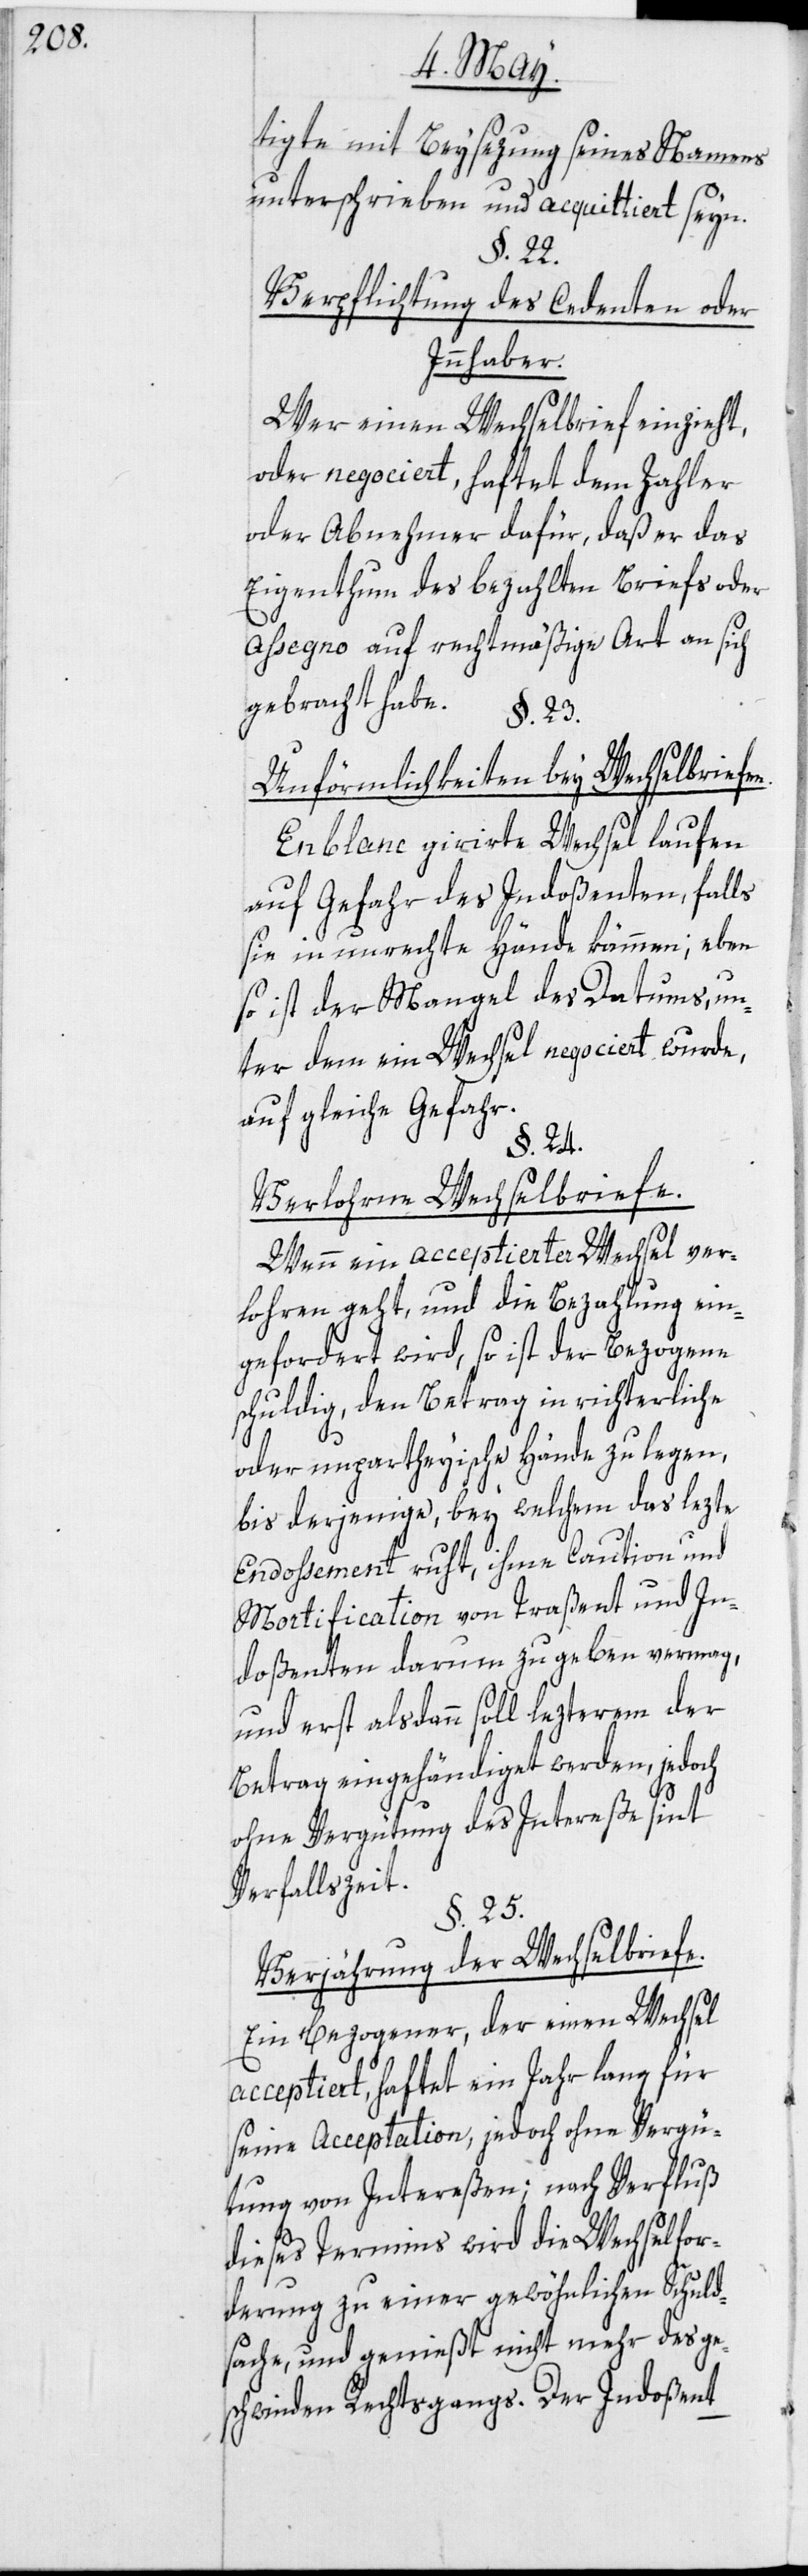
n.

tigte mit Beysezung seines Namens
unterschrieben und acquittiert seyn.
§. 24.
Verpflichtung des Cedenten oder
Innhaber.
Wer einen Wechselbrief einzieht,
oder negociert, haftet dem Zahler
oder Abnehmer dafür, daß er das
Eigenthum des bezahlten Briefs oder
Assegno auf rechtmäßige Art an sich
gebracht habe.
§. 23.
Unförmlichkeiten bey Wechselbriefe¬
En blanc girirte Wechsel laufen
auf Gefahr des Indoßenten, falls
sie in unrechte Hände kämmen; eben
so ist der Mangel des Datums, un¬
ter dem ein Wechsel negociert wurde,
auf gleiche Gefahr.
Verlohrne Wechselbriefe.
Wenn ein acceptierter Wechsel ver¬
lohren geht, und die Bezahlung ein¬
gefordert wird, so ist der Bezogene
schuldig, den Betrag in richterliche
oder unpartheyische Hände zu legen,
bis derjenige, bey welchem das lezte
Endossement ruht, ihme Caution und
Mortification von Traßent und In¬
doßenten darum zu geben vermag,
und erst alsdann soll lezterem der
Betrag eingehändiget werden, jedoch
ohne Vergütung des Intereße sint
Verfallszeit.
§. 25.
Verjährung der Wechselbriefe.
Ein Bezogener, der einen Wechsel
acceptiert, haftet ein Jahr lang für
seine Acceptation, jedoch ohne Vergü¬
tung von Intereßen; nach Verfluß
dieses Termins wird die Wechselfor¬
derung zu einer gewöhnlichen Schuld¬
sache, und genießt nicht mehr des ge¬
schwinden Rechtsgangs. Der Indoßent